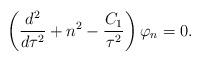
LaTeX: \begin{align*}\left({d^2\over d\tau^2}+n^2- {C_{1}\over \tau^{2}} \right)\varphi_{n}=0.\end{align*}